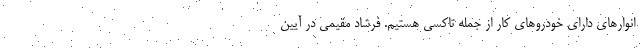
انوارهای دارای خودروهای کار از جمله تاکسی هستیم. فرشاد مقیمی در آیین